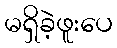
မရှိခဲ့ဖူးပေ